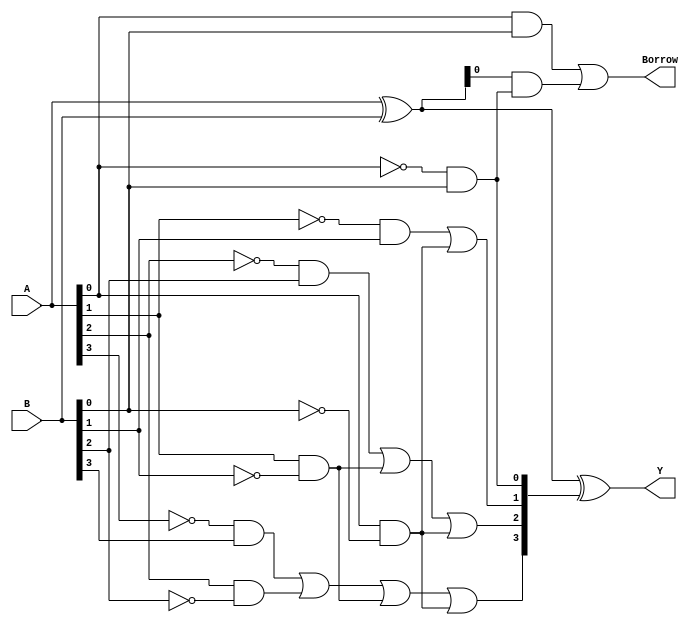
module gate_level_subtractor(
  input [3:0] A,
  input [3:0] B,
  output [3:0] Y,
  output Borrow
);

wire [3:0] X;
wire [3:0] C;

assign X = A ^ B;
assign Y = X ^ C;
assign Borrow = (A & B) | (X & C);

assign C[0] = ~A[0] & B[0];
assign C[1] = (~A[1] & B[1]) | (A[0] & ~B[0]);
assign C[2] = (~A[2] & B[2]) | (A[1] & ~B[1]) | (A[0] & ~B[0]);
assign C[3] = (~A[3] & B[3]) | (A[2] & ~B[2]) | (A[1] & ~B[1]) | (A[0] & ~B[0]);

endmodule